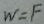
W = F